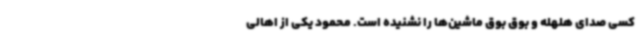
کسی صدای هلهله و بوق بوق ماشین‌ها را نشنیده است. محمود یکی از اهالی